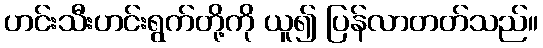
ဟင်းသီးဟင်းရွက်တို့ကို ယူ၍ ပြန်လာတတ်သည်။